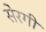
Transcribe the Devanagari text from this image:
सेरगी